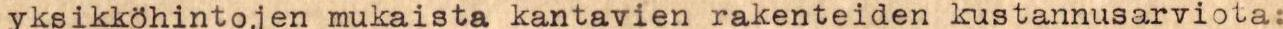
yksikköhintojen mukaista kantavien rakenteiden kustannusarviota: